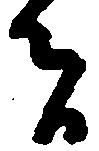
者